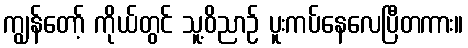
ကျွန်တော့် ကိုယ်တွင် သူ့ဝိညာဉ် ပူးကပ်နေလေပြီတကား။